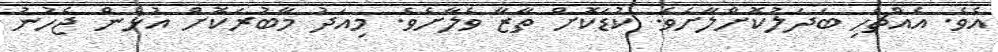
އެވެ. އެއްޗެހި ބަދަލުކޮށްލާށެވެ. ކުޑަކޮށް ތާޒާ ވެލާށެވެ. މިއަދު މާބުރަކޮށް އުޅެން ޖެހުނު